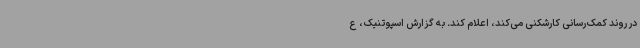
در روند کمک‌رسانی کارشکنی می‌کند، اعلام کند. به گزارش اسپوتنیک، ع